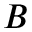
B